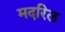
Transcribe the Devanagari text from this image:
मदरिल